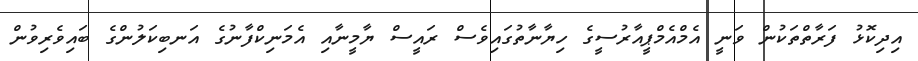
އިދިކޮޅު ފަރާތްތަކުން ވަނީ އެމްއެމްޕީއާރުސީގެ ހިޔާނާތުގައިވެސް ރައީސް ޔާމީނާއި އެމަނިކްފާނުގެ އަނބިކަލުންގެ ބައިވެރިވުން